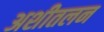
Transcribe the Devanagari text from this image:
अशीतलन